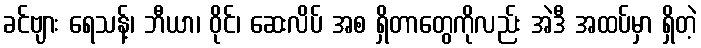
ခင်ဗျား ရေသန့်၊ ဘီယာ၊ ဝိုင်၊ ဆေးလိပ် အစ ရှိတာတွေကိုလည်း အဲဒီ အထပ်မှာ ရှိတဲ့